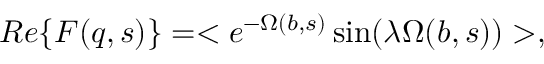
R e \{ F ( q , s ) \} = < e ^ { - \Omega ( b , s ) } \sin ( \lambda \Omega ( b , s ) ) > ,